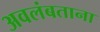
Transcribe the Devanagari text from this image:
अवलंबताना